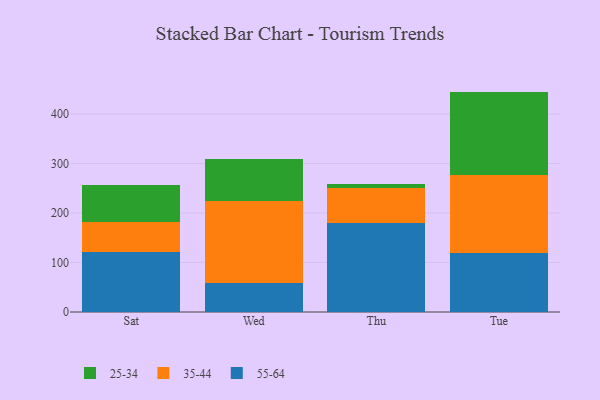
{"axis": {"x": "Day", "y": "Latency (ms)"}, "legend": ["25-34", "35-44", "55-64"], "data": [{"x": "Sat", "y": 121.6, "type": "55-64"}, {"x": "Sat", "y": 60.6, "type": "35-44"}, {"x": "Sat", "y": 74.9, "type": "25-34"}, {"x": "Wed", "y": 59.1, "type": "55-64"}, {"x": "Wed", "y": 165.3, "type": "35-44"}, {"x": "Wed", "y": 84.6, "type": "25-34"}, {"x": "Thu", "y": 179.8, "type": "55-64"}, {"x": "Thu", "y": 71.5, "type": "35-44"}, {"x": "Thu", "y": 7.2, "type": "25-34"}, {"x": "Tue", "y": 118.3, "type": "55-64"}, {"x": "Tue", "y": 158.0, "type": "35-44"}, {"x": "Tue", "y": 168.8, "type": "25-34"}]}